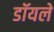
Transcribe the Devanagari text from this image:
डॉयले